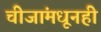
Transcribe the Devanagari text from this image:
चीजांमधूनही